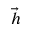
\vec { h }